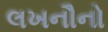
લખનૌનો